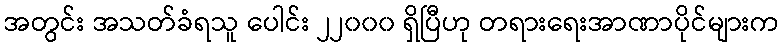
အတွင်း အသတ်ခံရသူ ပေါင်း ၂၂၀၀၀ ရှိပြီဟု တရားရေးအာဏာပိုင်များက